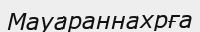
Мауараннахрға